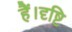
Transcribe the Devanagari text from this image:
हैं।दृष्टि